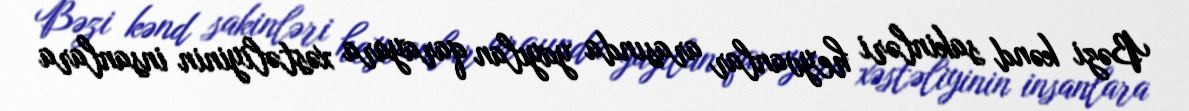
Bəzi kənd sakinləri heyvanlar arasında yayılan qarayara xəstəliyinin insanlara